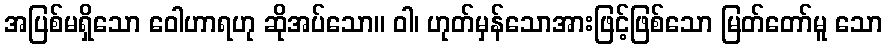
အပြစ်မရှိသော ဝေါဟာရဟု ဆိုအပ်သော။ ဝါ၊ ဟုတ်မှန်သောအားဖြင့်ဖြစ်သော မြတ်တော်မူ သော